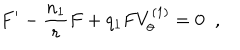
F ^ { \prime } - \frac { n _ { 1 } } { r } F + q _ { 1 } F V _ { \theta } ^ { ( 1 ) } = 0 \; \; ,